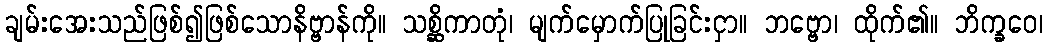
ချမ်းအေးသည်ဖြစ်၍ဖြစ်သောနိဗ္ဗာန်ကို။ သစ္ဆိကာတုံ၊ မျက်မှောက်ပြုခြင်းငှာ။ ဘဗ္ဗော၊ ထိုက်၏။ ဘိက္ခဝေ၊